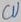
Text: CU